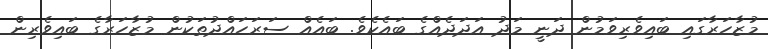
މުޒާހަރާގައި ބައިވެރިވަމުން ދަނީ މަދު އަދަދެއްގެ ބައެކެވެ. ބައެއް ސަރަހައްދުތަކުން މުޒާހަރާގެ ބައިވެރިން